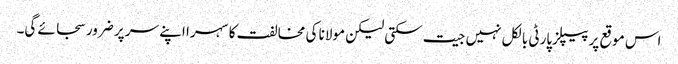
اس موقع پر پیپلزپارٹی بالکل نہیں جیت سکتی لیکن مولانا کی مخالفت کا سہرا اپنے سر پر ضرور سجائے گی۔